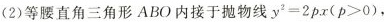
(2)等腰直角三角形ABO内接于抛物线y^{2}=2px(p>0)，